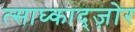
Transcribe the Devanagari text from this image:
त्साघ्काद्ज़ोर